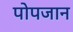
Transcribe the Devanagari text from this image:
पोपजान